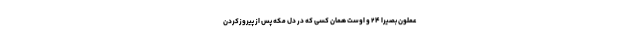
عْمَلُونَ بَصِيرًا ۲۴ و اوست همان كسى كه در دل مكه پس از پيروزكردن